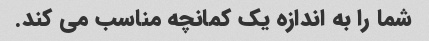
شما را به اندازه یک کمانچه مناسب می کند.